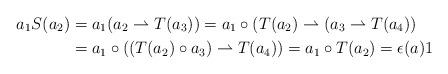
LaTeX: \begin{align*}a_1S(a_2) &= a_1(a_2\rightharpoonup T(a_3))=a_1\circ (T(a_2)\rightharpoonup (a_3\rightharpoonup T(a_4))\\&=a_1\circ ( (T(a_2)\circ a_3)\rightharpoonup T(a_4))=a_1\circ T(a_2)=\epsilon(a)1\end{align*}